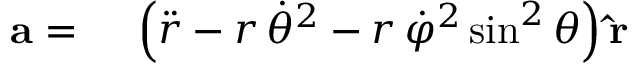
\begin{array} { r l } { \mathbf { a } = { } } & { { } \left( { \ddot { r } } - r \, { \dot { \theta } } ^ { 2 } - r \, { \dot { \varphi } } ^ { 2 } \sin ^ { 2 } \theta \right) \mathbf { \hat { r } } } \end{array}